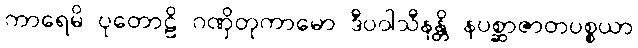
ကာရေမိ ပုတောဠိ ဂဏှိတုကာမော ဒီပဝါသီနန္တိ နပစ္ဆာဇာတပစ္စယာ